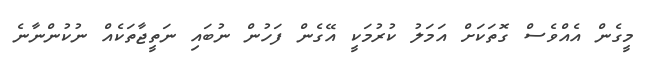
މީގެން އެއްވެސް ގޮތަކަށް އަމަލު ކުރުމަކީ އޭގެން ފަހުން ނުބައި ނަތީޖާތަކެއް ނުކުންނާނެ